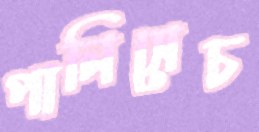
পানিসেচ